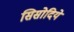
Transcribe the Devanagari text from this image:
सिसोदिये